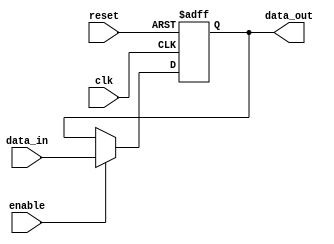
module fallback_bypass_register (
    input wire clk,
    input wire reset,
    input wire [DATA_WIDTH-1:0] data_in,
    input wire enable,
    output reg [DATA_WIDTH-1:0] data_out
);

parameter DATA_WIDTH = 8; // Define the width of the data bus

reg [DATA_WIDTH-1:0] fallback_data;

always @(posedge clk or posedge reset) begin
    if (reset) begin
        fallback_data <= 0;
    end else begin
        if (enable) begin
            fallback_data <= data_in;
        end
    end
end

assign data_out = fallback_data;

endmodule